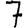
Digit: 7